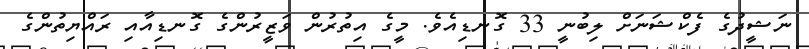
ނަޝީދުގެ ފެކްޝަނަށް ލިބުނީ 33 ގޮނޑިއެވެ. މީގެ އިތުރުން ވަޒީރުންގެ ގޮނޑިއާއި ރައްޔިތުންގެ